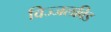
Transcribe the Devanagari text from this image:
विज्जलविड